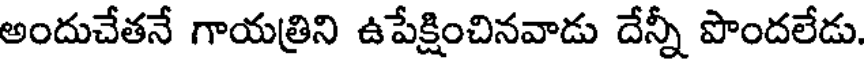
అందుచేతనే గాయత్రిని ఉపేక్షించినవాడు దేన్నీ పొందలేడు.